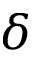
\delta